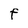
Character: F